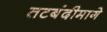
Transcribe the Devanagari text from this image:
तटबंदीमागे